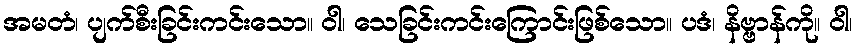
အမတံ၊ ပျက်စီးခြင်းကင်းသော။ ဝါ၊ သေခြင်းကင်းကြောင်းဖြစ်သော။ ပဒံ၊ နိဗ္ဗာန်ကို။ ဝါ၊